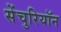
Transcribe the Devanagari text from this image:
सेंचुरियॉन